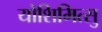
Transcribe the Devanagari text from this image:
योशिमित्सु